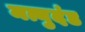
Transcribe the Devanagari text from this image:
मत्युदंड